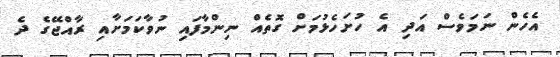
އެހެން ނަމަވެސް އަދި އެ ހުށަހެޅުމަށް ގޮތެއް ނިންމާފައި ނުވާކަމަށާއި ރާއްޖޭގެ ދެ